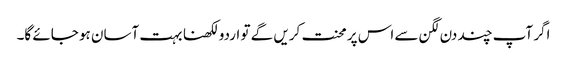
اگر آپ چند دن لگن سے اس پر محنت کریں گے تو اردو لکھنا بہت آسان ہو جائے گا۔